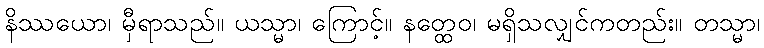
နိဿယော၊ မှီရာသည်။ ယသ္မာ၊ ကြောင့်။ နတ္ထေဝ၊ မရှိသလျှင်ကတည်း။ တသ္မာ၊